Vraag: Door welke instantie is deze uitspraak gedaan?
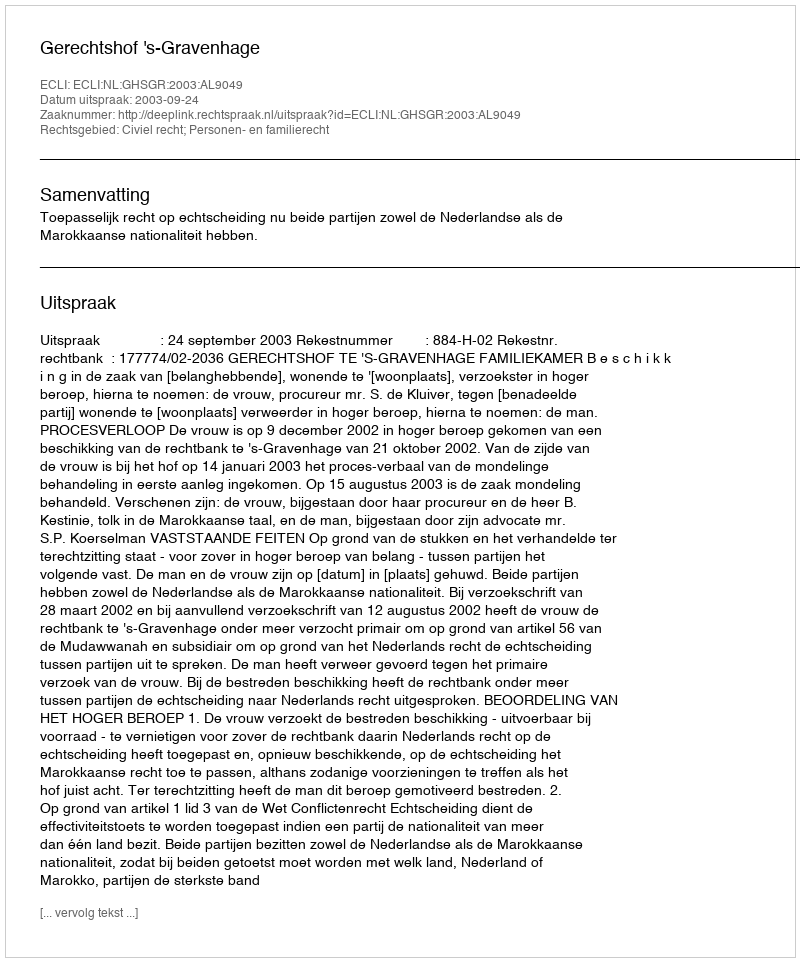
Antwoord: Gerechtshof 's-Gravenhage